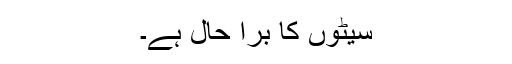
سیٹوں کا برا حال ہے۔